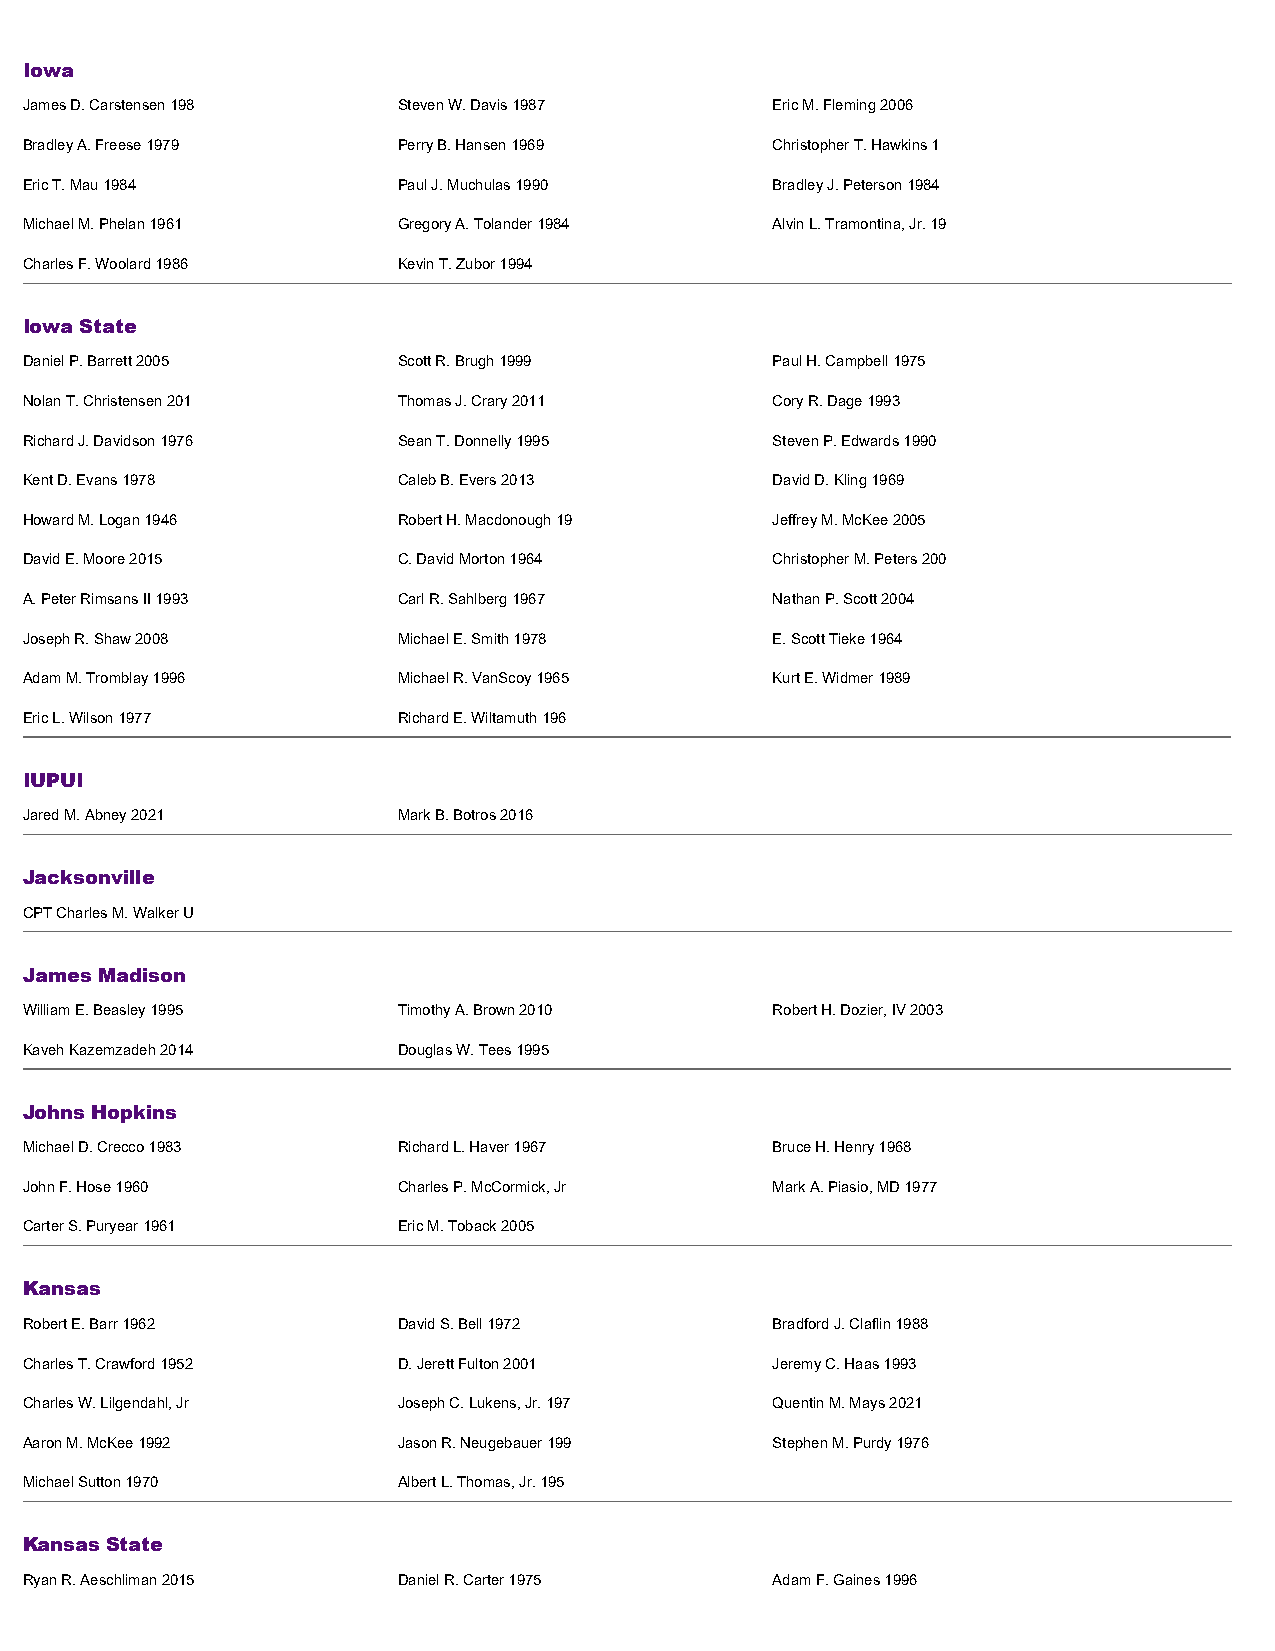
Iowa
 James D. Carstensen 198  Steven W. Davis 1987     Eric M. Fleming 2006
 Bradley A. Freese 1979   Perry B. Hansen 1969     Christopher T. Hawkins 1
 Eric T. Mau 1984         Paul J. Muchulas 1990    Bradley J. Peterson 1984
 Michael M. Phelan 1961   Gregory A. Tolander 1984 Alvin L. Tramontina, Jr. 19
 Charles F. Woolard 1986  Kevin T. Zubor 1994
 Iowa State
 Daniel P. Barrett 2005   Scott R. Brugh 1999      Paul H. Campbell 1975
 Nolan T. Christensen 201 Thomas J. Crary 2011     Cory R. Dage 1993
 Richard J. Davidson 1976 Sean T. Donnelly 1995    Steven P. Edwards 1990
 Kent D. Evans 1978       Caleb B. Evers 2013      David D. Kling 1969
 Howard M. Logan 1946     Robert H. Macdonough 19  Jeffrey M. McKee 2005
 David E. Moore 2015      C. David Morton 1964     Christopher M. Peters 200
 A. Peter Rimsans II 1993 Carl R. Sahlberg 1967    Nathan P. Scott 2004
 Joseph R. Shaw 2008      Michael E. Smith 1978    E. Scott Tieke 1964
 Adam M. Tromblay 1996    Michael R. VanScoy 1965  Kurt E. Widmer 1989
 Eric L. Wilson 1977      Richard E. Wiltamuth 196
 IUPUI
 Jared M. Abney 2021      Mark B. Botros 2016
 Jacksonville
 CPT Charles M. Walker U
 James Madison
 William E. Beasley 1995  Timothy A. Brown 2010    Robert H. Dozier, IV 2003
 Kaveh Kazemzadeh 2014    Douglas W. Tees 1995
 Johns Hopkins
 Michael D. Crecco 1983   Richard L. Haver 1967    Bruce H. Henry 1968
 John F. Hose 1960        Charles P. McCormick, Jr Mark A. Piasio, MD 1977
 Carter S. Puryear 1961   Eric M. Toback 2005
 Kansas
 Robert E. Barr 1962      David S. Bell 1972       Bradford J. Claflin 1988
 Charles T. Crawford 1952 D. Jerett Fulton 2001    Jeremy C. Haas 1993
 Charles W. Lilgendahl, Jr Joseph C. Lukens, Jr. 197 Quentin M. Mays 2021
 Aaron M. McKee 1992      Jason R. Neugebauer 199  Stephen M. Purdy 1976
 Michael Sutton 1970      Albert L. Thomas, Jr. 195
 Kansas State
 Ryan R. Aeschliman 2015  Daniel R. Carter 1975    Adam F. Gaines 1996